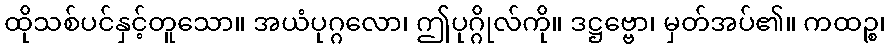
ထိုသစ်ပင်နှင့်တူသော။ အယံပုဂ္ဂလော၊ ဤပုဂ္ဂိုလ်ကို။ ဒဋ္ဌဗ္ဗော၊ မှတ်အပ်၏။ ကထဉ္စ၊